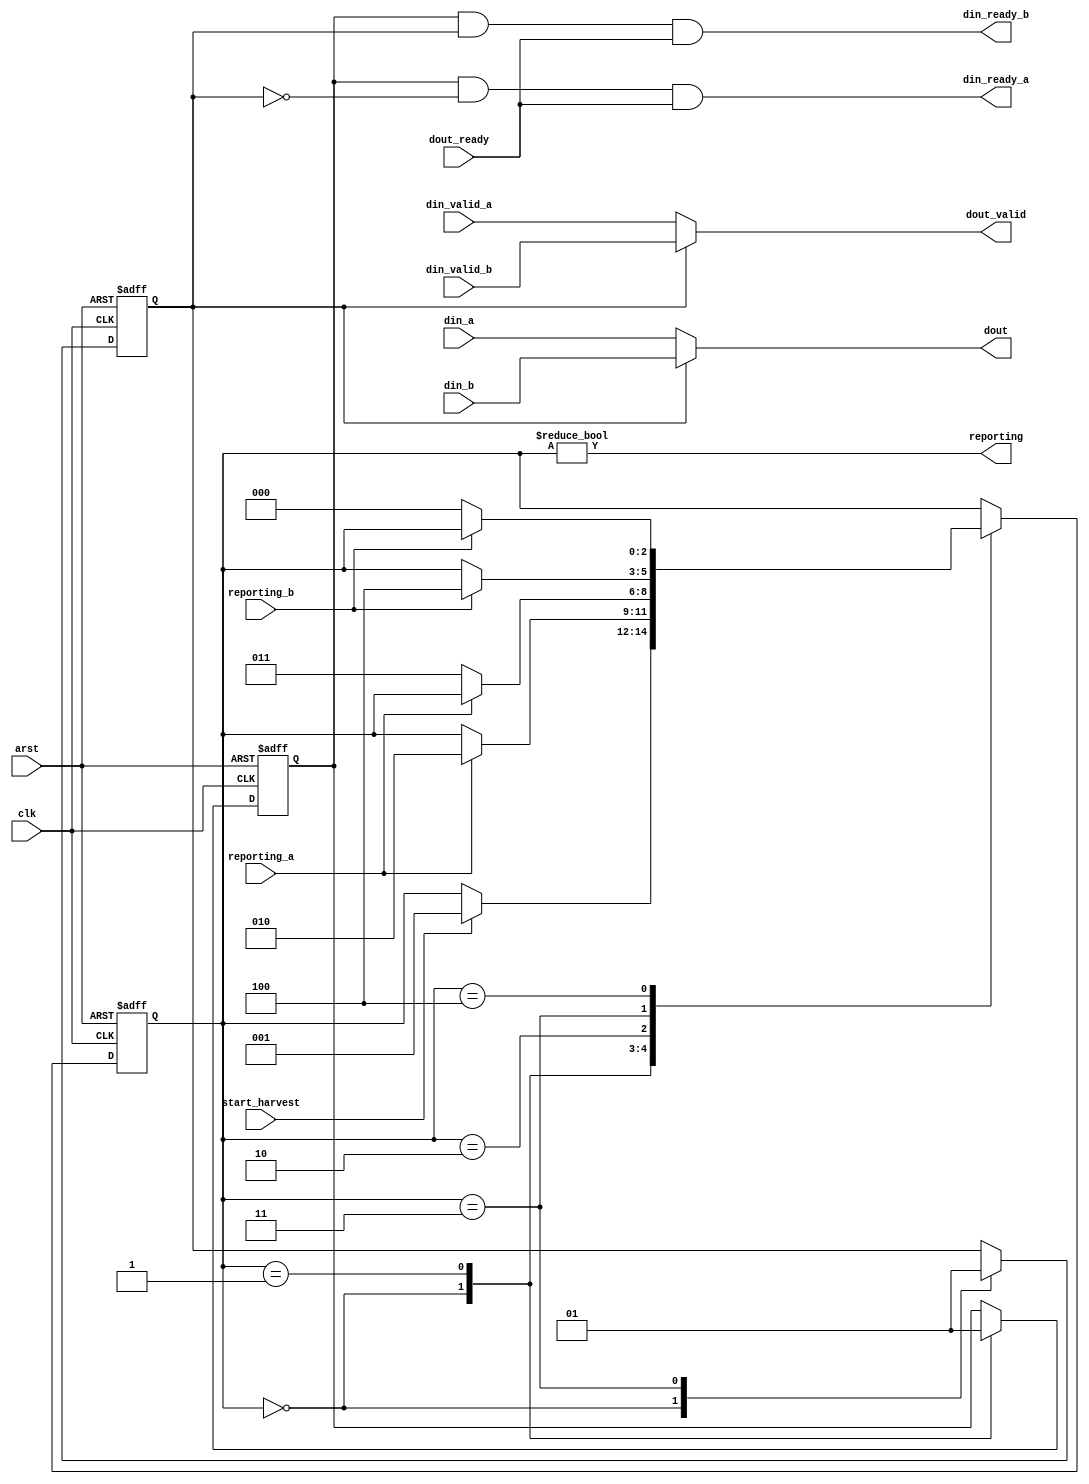
module stream_mux #(
	parameter WIDTH = 8
)
(	
	input clk, arst,
	
	input [WIDTH-1:0] din_a,
	output din_ready_a,
	input din_valid_a,
	input reporting_a,

	input [WIDTH-1:0] din_b,
	output din_ready_b,
	input din_valid_b,
	input reporting_b,

	input start_harvest,
	output reporting,
	input dout_ready,
	output dout_valid,
	output [WIDTH-1:0] dout
);

reg chan_ena;
reg chan_sel;

////////////////////////////////////////////
// MUX A and B ports according to state
////////////////////////////////////////////

assign din_ready_a = chan_ena & !chan_sel & dout_ready;
assign din_ready_b = chan_ena & chan_sel & dout_ready;
assign dout_valid = (chan_sel ? din_valid_b : din_valid_a);
assign dout = (chan_sel ? din_b : din_a);

////////////////////////////////////////////
// to harvest
//   take report from A then B
//   wait for next harvest
////////////////////////////////////////////

reg [2:0] state /* synthesis preserve */;
localparam ST_IDLE = 0,
		ST_WAIT_A = 1,
		ST_WAIT_NOTA = 2,
		ST_WAIT_B = 3,
		ST_WAIT_NOTB = 4;

always @(posedge clk or posedge arst) begin
	if (arst) begin
		state <= ST_IDLE;
		chan_sel <= 0;
		chan_ena <= 0;
	end
	else begin
		case (state) 
			ST_IDLE : begin
					chan_sel <= 0;
					chan_ena <= 0;
					if (start_harvest) state <= ST_WAIT_A;					
				end
			ST_WAIT_A : begin
					chan_ena <= 1'b1;
					if (reporting_a) state <= ST_WAIT_NOTA;
				end
			ST_WAIT_NOTA : begin
					if (!reporting_a) state <= ST_WAIT_B;
				end
			ST_WAIT_B : begin
					chan_sel <= 1'b1;
					if (reporting_b) state <= ST_WAIT_NOTB;
				end
			ST_WAIT_NOTB : begin
					if (!reporting_b) state <= ST_IDLE;
				end
		endcase
	end			
end	

assign reporting = (state != ST_IDLE);

endmodule